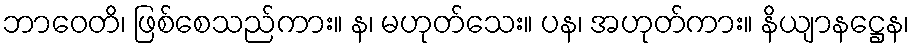
ဘာဝေတိ၊ ဖြစ်စေသည်ကား။ န၊ မဟုတ်သေး။ ပန၊ အဟုတ်ကား။ နိယျာနဋ္ဌေန၊